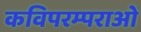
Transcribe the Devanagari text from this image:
कविपरम्पराओं